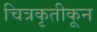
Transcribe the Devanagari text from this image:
चित्रकृतीकून